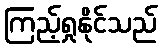
ကြည့်ရှုနိုင်သည်